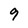
Character: 9